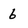
Character: 6